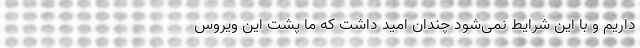
داریم و با این شرایط نمی‌شود چندان امید داشت که ما پشت این ویروس